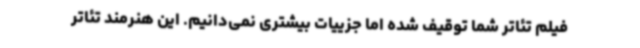
فیلم تئاتر شما توقیف شده اما جزییات بیشتری نمی‌دانیم. این هنرمند تئاتر